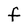
Character: f